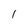
Character: 1